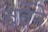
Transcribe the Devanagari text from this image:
बर्वेने